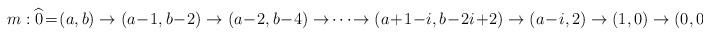
LaTeX: \begin{gather*}m: \widehat{0}\!=\!(a,b) \rightarrow (a\!-\!1,b\!-\!2) \rightarrow (a\!-\!2,b\!-\!4) \rightarrow\! \cdots\! \rightarrow (a\!+\!1\!-\!i,b\!-\!2i\!+\!2) \rightarrow (a\!-\!i,2) \rightarrow (1,0) \rightarrow (0,0)\!=\!\widehat{1}\end{gather*}